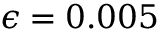
\epsilon = 0 . 0 0 5